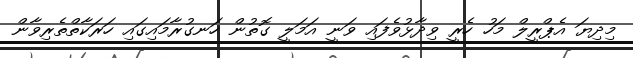
މިދިޔަ އެޕްރީލް މަހު ހެރީ ވިދާޅުވެފައި ވަނީ އަމަލީ ގޮތުން ހަނގުރާމައިގައި ހަރަކާތްތެރިވާން